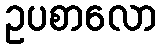
ဥပစာလော